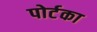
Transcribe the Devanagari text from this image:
पोर्टका